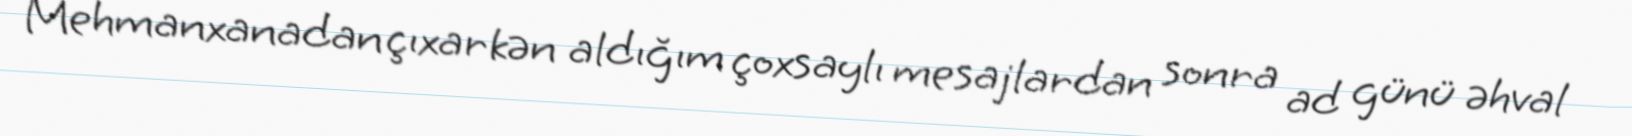
Mehmanxanadan çıxarkən aldığım çoxsaylı mesajlardan sonra ad günü əhval